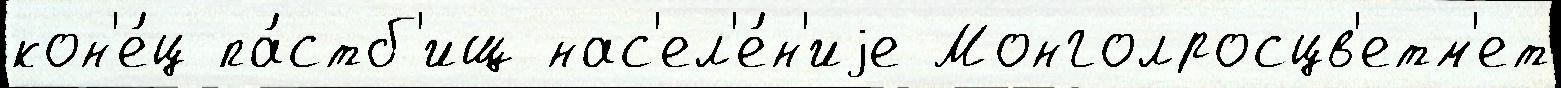
кон'е́ц па́стб'ищ нас'ел'е́н'иjе Монголросцв'етм'ет